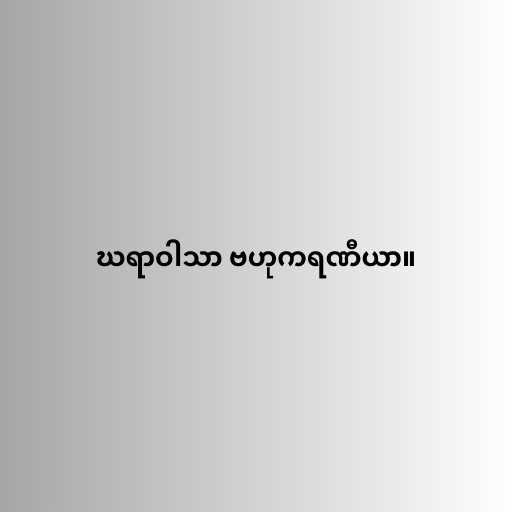
ဃရာဝါသာ ဗဟုကရဏီယာ။